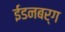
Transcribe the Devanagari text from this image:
ईडनबर्ग